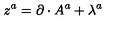
{ z } ^ { a } = \partial \cdot A ^ { a } + \lambda ^ { a }